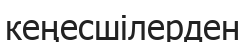
кеңесшілерден